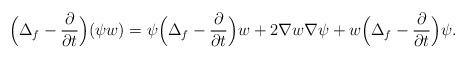
LaTeX: \begin{align*}\displaystyle\Big(\Delta_f - \frac{\partial}{\partial t}\Big)(\psi w) = \psi \Big(\Delta_f - \frac{\partial}{\partial t}\Big)w + 2\nabla w \nabla \psi + w \Big(\Delta_f - \frac{\partial}{\partial t}\Big) \psi. \end{align*}